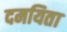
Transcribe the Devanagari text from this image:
दमयिता